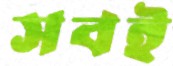
সবই